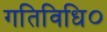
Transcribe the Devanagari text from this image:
गतिविधि०